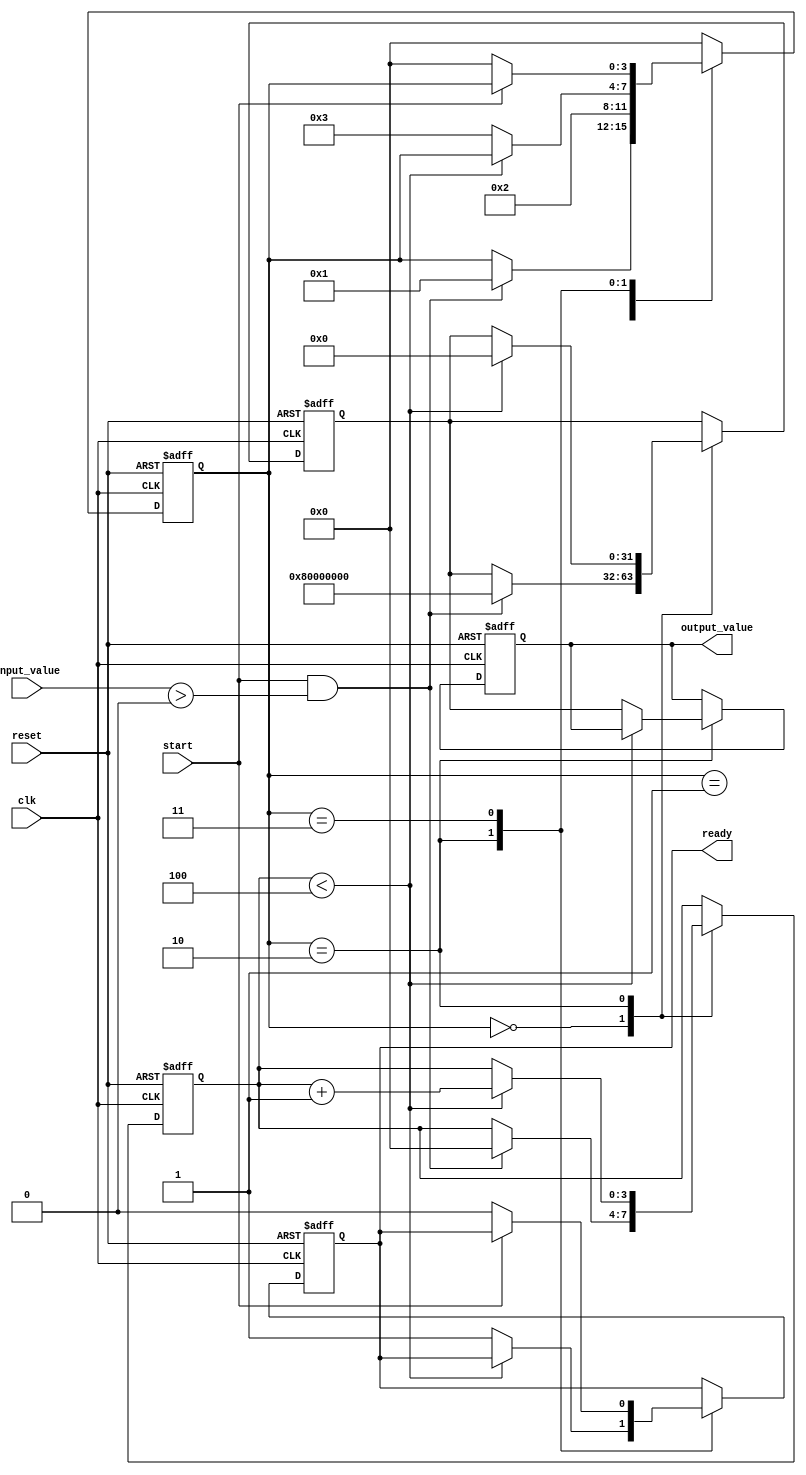
module binary_fractional_reciprocal #(
    parameter N = 16,  // Input width
    parameter M = 32   // Output width (should be >= 2*N)
)(
    input wire clk,
    input wire reset,
    input wire start,
    input wire [N-1:0] input_value,  // Binary fractional input
    output reg [M-1:0] output_value,  // Binary fractional output
    output reg ready  // Indicates when the output is valid
);

    reg [M-1:0] approx;  // Current approximation of the reciprocal
    reg [3:0] state;      // State variable for FSM
    reg [3:0] count;      // Iteration counter
    localparam IDLE = 4'b0000,
               INIT = 4'b0001,
               ITERATE = 4'b0010,
               DONE = 4'b0011;

    // Check for valid input
    wire valid_input = (input_value > 0);

    always @(posedge clk or posedge reset) begin
        if (reset) begin
            output_value <= 0;
            ready <= 0;
            state <= IDLE;
            count <= 0;
            approx <= 0;
        end else begin
            case (state)
                IDLE: begin
                    if (start && valid_input) begin
                        // Initialize approximation (1 / input_value)
                        approx <= {1'b1, {M-N-1{1'b0}}} << (M-N); // Initial approximation
                        count <= 0;
                        state <= INIT;
                    end
                end
                
                INIT: begin
                    // Start the iterative process
                    state <= ITERATE;
                end
                
                ITERATE: begin
                    if (count < 4) begin  // Limit iterations for convergence
                        approx <= approx * (2**M - input_value * approx) >> M; // Newton-Raphson iteration
                        count <= count + 1;
                    end else begin
                        output_value <= approx; // Final approximation
                        ready <= 1; // Indicate output is ready
                        state <= DONE;
                    end
                end
                
                DONE: begin
                    if (!start) begin
                        ready <= 0; // Reset ready signal
                        state <= IDLE; // Go back to idle state
                    end
                end
                
                default: state <= IDLE; // Safety state
            endcase
        end
    end
endmodule